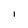
Character: I